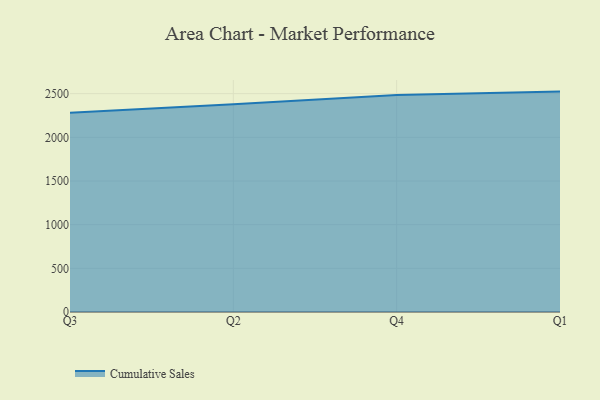
{"axis": {"x": "Quarter", "y": "Page Views"}, "legend": ["Cumulative Sales"], "data": [{"x": "Q3", "y": 2282.7, "type": "Cumulative Sales"}, {"x": "Q2", "y": 2377.4, "type": "Cumulative Sales"}, {"x": "Q4", "y": 2484.6, "type": "Cumulative Sales"}, {"x": "Q1", "y": 2523.6, "type": "Cumulative Sales"}]}